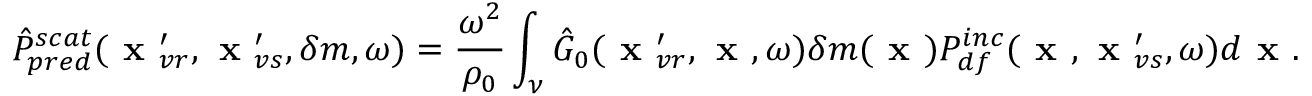
\hat { P } _ { p r e d } ^ { s c a t } ( \textbf { x } _ { v r } ^ { \prime } , \textbf { x } _ { v s } ^ { \prime } , \delta m , \omega ) = \frac { \omega ^ { 2 } } { \rho _ { 0 } } \int _ { \nu } \hat { G } _ { 0 } ( \textbf { x } _ { v r } ^ { \prime } , \textbf { x } , \omega ) \delta m ( \textbf { x } ) P _ { d f } ^ { i n c } ( \textbf { x } , \textbf { x } _ { v s } ^ { \prime } , \omega ) d \textbf { x } .